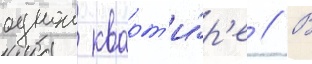
однои кварт'и́р'е // В